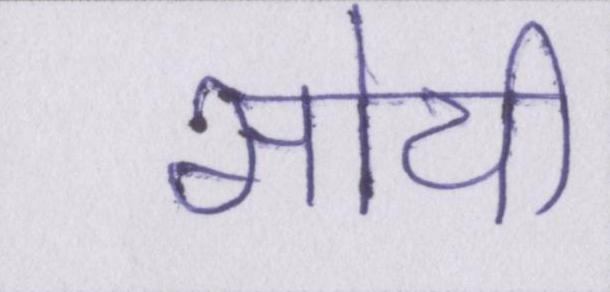
सोयी